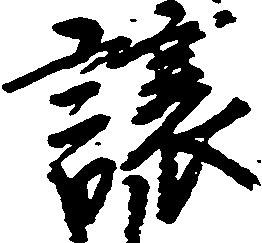
譲